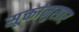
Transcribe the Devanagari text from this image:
सूक्तांनुसार